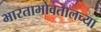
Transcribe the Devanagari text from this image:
भारताभोवतालच्या